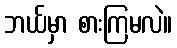
ဘယ်မှာ စားကြမလဲ။